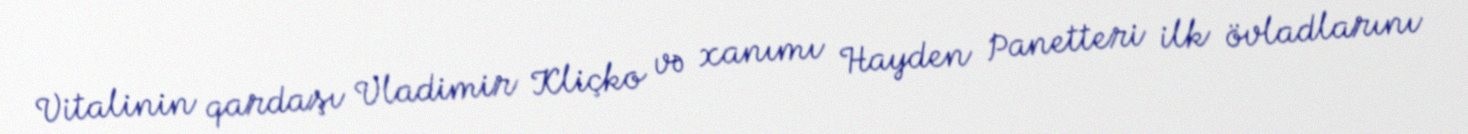
Vitalinin qardaşı Vladimir Kliçko və xanımı Hayden Panetteri ilk övladlarını